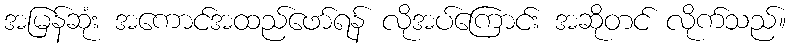
အမြန်ဆုံး အကောင်အထည်ဖော်ရန် လိုအပ်ကြောင်း အဆိုတင် လိုက်သည်။